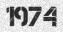
1974